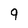
Character: 9